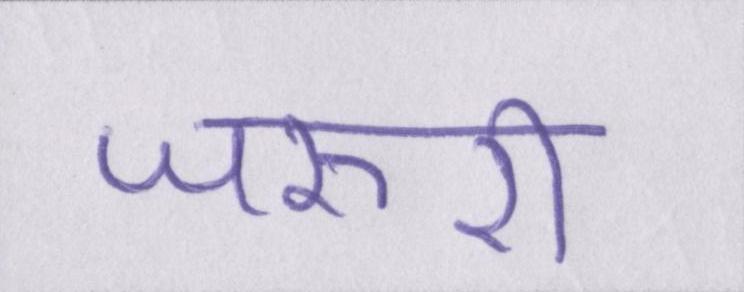
जरूरी